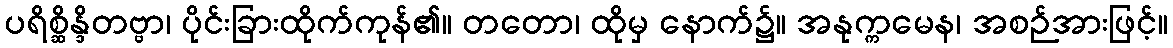
ပရိစ္ဆိန္ဒိတဗ္ဗာ၊ ပိုင်းခြားထိုက်ကုန်၏။ တတော၊ ထိုမှ နောက်၌။ အနုက္ကမေန၊ အစဉ်အားဖြင့်။